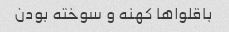
باقلوا‌ها کهنه و سوخته بودن